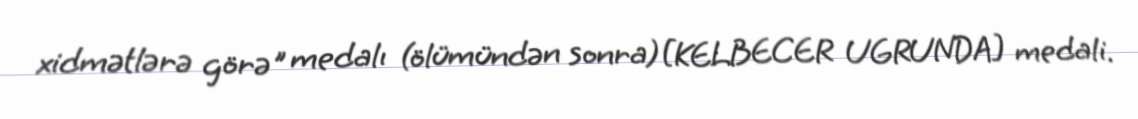
xidmətlərə görə" medalı (ölümündən sonra)[KELBECER UGRUNDA] medali.